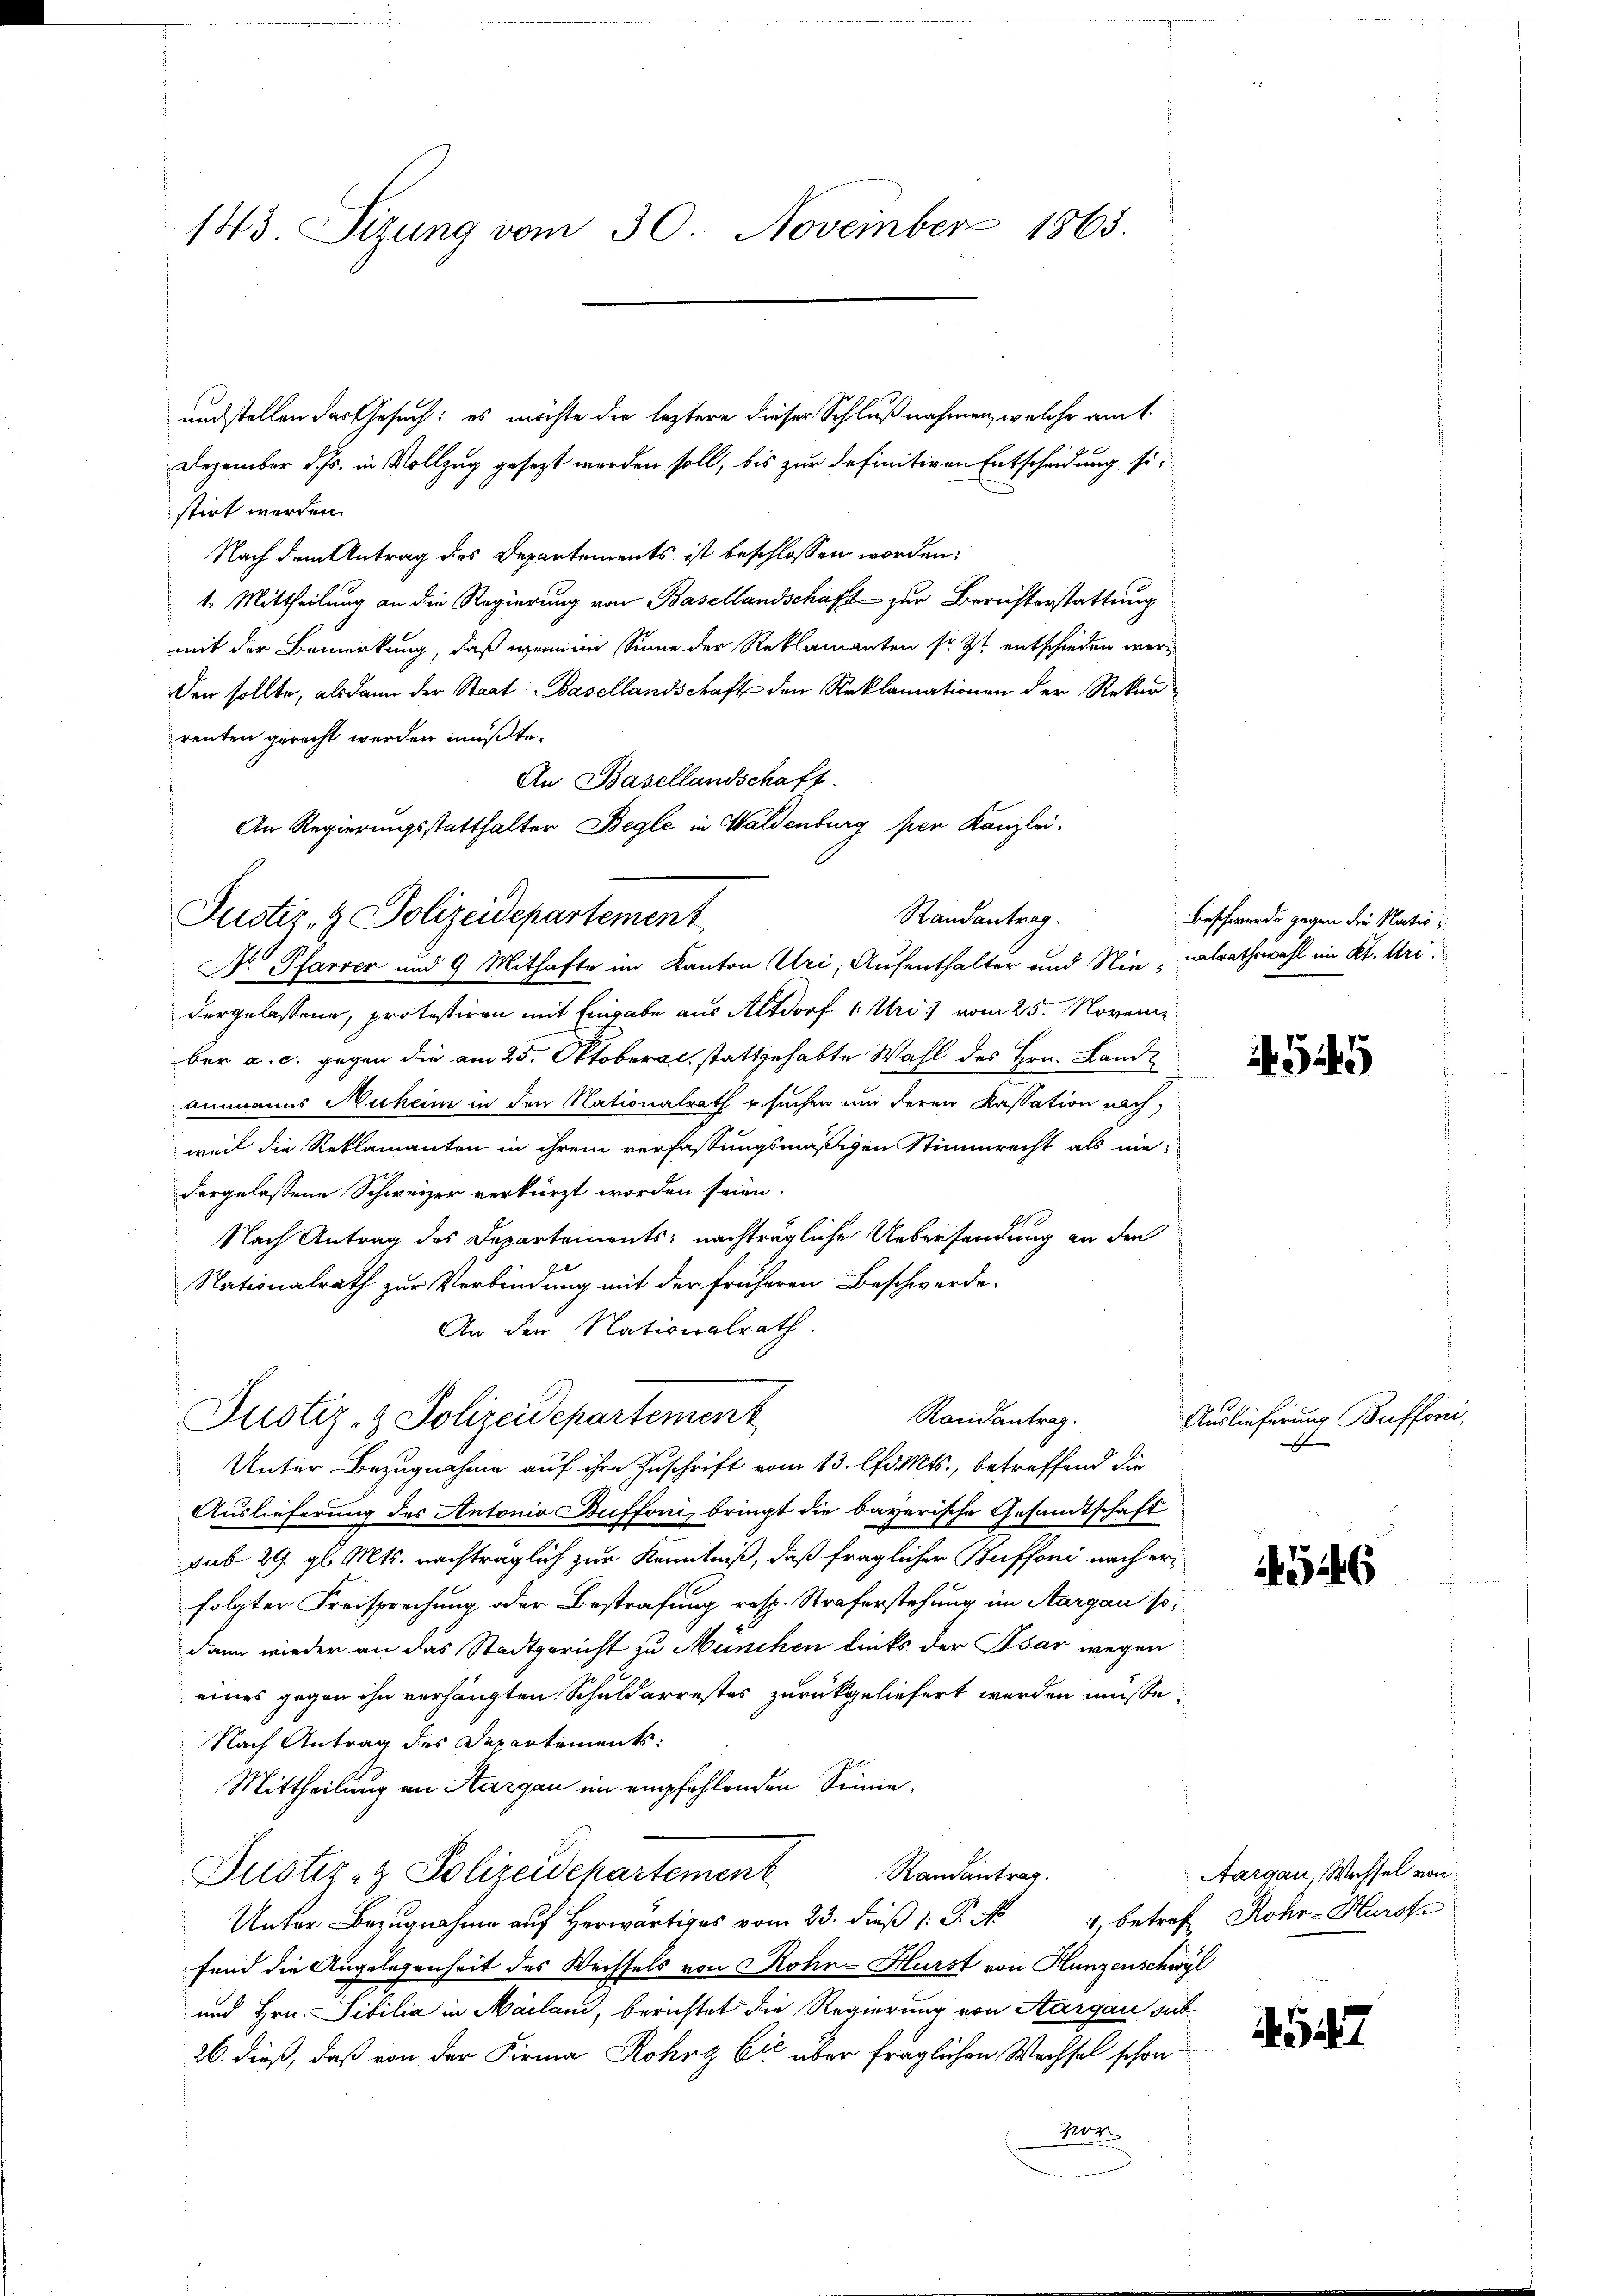
143 Sizung vom 30. November 1863.

undstellen das Gesuch: es möchte die leztere dieser Schlußnahmen, welche am 1.
Dezember d. Js. in Vollzug gesezt werden soll, bis zur definitiven Entscheidung si
stirt werden.
Nach dem Antrag des Departements ist beschlossen worden;
1. Mittheilung an die Regierung von Basellandschaft zur Berichterstattung
mit der Bemerkung, daß wenn im Sinne der Reklamanten so zu entschieden werden sollte, alsdann der Staat Basellandschaft den Reklamationen der Rekur
renten gerecht werden müßte.
An Basellandschaft.
An Regierungsstatthalter Begle in Waldenburg per Kanzlei-
N. Pfarrer und 9 Mithafte im Kanton Uri, Aufenthalter und Niemalrathswahl im Kt. Uri
dergelassene, protestiren mit Eingabe aus Altdorf 1. Uri vom 25. Novemz
ber a. c. gegen die am 25. Oktoberal, stattgehabte Wahl des Hrn. Landammanns Nuheim in den Nationalrath u. suchen und deren Kassation nach,
weil die Reklamanten in ihrem verfassungsmäßigen Stimmrecht als nie-
dergelassene Schweizer verkürzt worden seien.
Nach Antrag des Departements: nachträgliche Uebersendung an den
Nationalrath zur Verbindung mit der früheren Beschwerde.
An den Nationalrath.
Randantrag.
Justiz- & Polizeidepartement
Unter Bezugnahme auf ihre Zuschrift vom 13. l. Mts., betreffend die
Auslieferung des Antonio Buffoni, bringt die bayerische Gesandtschaft
sub 29. gl. Mts. nachträglich zur Kenntniß, daß fraglicher Buffoni nach erfolgter Freisprechung oder Bestrafung resp. Straferstehung im Aargau sodann wieder an das Stadtgericht zu München links der Bsár wegen
eines gegen ihn verhängten Schuldarrestes zurückgeliefert werden müsse.
Nach Antrag des Departements
Mittheilung an Aargau in empfehlenden Sinne.
Randantrag.
Justiz- & Polizeidepartement
Unter Bezugnahme auf herwärtiges vom 23. dieß 1: P. N
fend die Angelegenheit des Wechsels von Rohn-Hürst von Hunzenschwyl
und Hrn. Sibilia in Mailand, berichtet die Regierung von Aargau sub
26. dieß, daß von der Firma Rohry Cić über fraglichen Wechsel schon
Not

Randantrag.
Justiz- & Polizeidepartement

Beschwerde gegen die Natio¬

545

Auslieferung Bufforić,
x

4546

Aargau, Wassel von
) betreff Rohr-Hurofe

4547